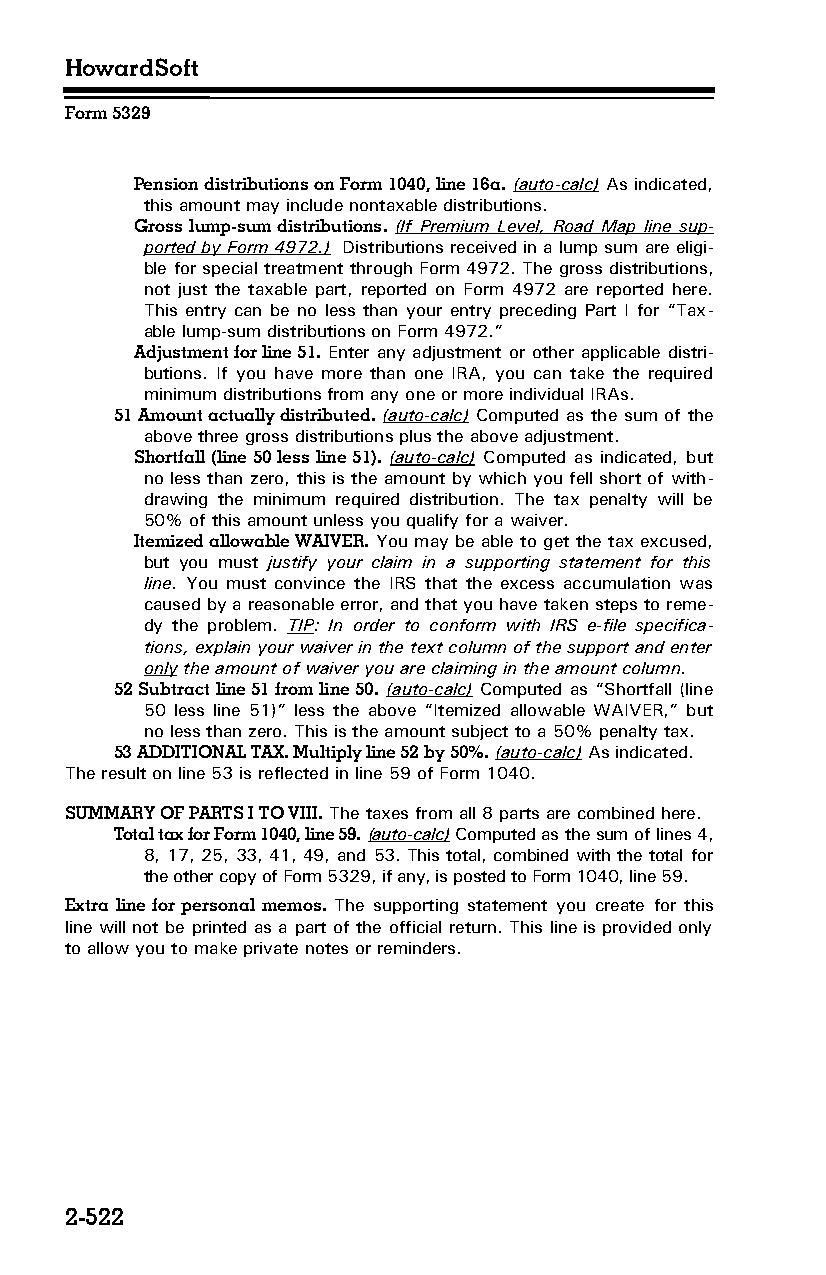
HowardSoft
 Form 5329
 Pension distributions on Form 1040, line 16a. (auto-calc) As indicated,
 this amount may include nontaxable distributions.
 Gross lump-sum distributions. (If Premium Level, Road Map line sup­
 ported by Form 4972.) Distributions received in a lump sum are eligi­
 ble for special treatment through Form 4972. The gross distributions,
 not just the taxable part, reported on Form 4972 are reported here.
 This entry can be no less than your entry preceding Part I for “Tax­
 able lump-sum distributions on Form 4972.”
 Adjustment for line 51. Enter any adjustment or other applicable distri­
 butions. If you have more than one IRA, you can take the required
 minimum distributions from any one or more individual IRAs.
 51 Amount actually distributed. (auto-calc) Computed as the sum of the
 above three gross distributions plus the above adjustment.
 Shortfall (line 50 less line 51). (auto-calc) Computed as indicated, but
 no less than zero, this is the amount by which you fell short of with­
 drawing the minimum required distribution. The tax penalty will be
 50% of this amount unless you qualify for a waiver.
 Itemized allowable WAIVER. You may be able to get the tax excused,
 but you must justify your claim in a supporting statement for this
 line. You must convince the IRS that the excess accumulation was
 caused by a reasonable error, and that you have taken steps to reme­
 dy the problem. TIP: In order to conform with IRS e-file specifica­
 tions, explain your waiver in the text column of the support and enter
 only the amount of waiver you are claiming in the amount column.
 52 Subtract line 51 from line 50. (auto-calc) Computed as “Shortfall (line
 50 less line 51)” less the above “Itemized allowable WAIVER,” but
 no less than zero. This is the amount subject to a 50% penalty tax.
 53 ADDITIONAL TAX. Multiply line 52 by 50%. (auto-calc) As indicated.
 The result on line 53 is reflected in line 59 of Form 1040.
 SUMMARY OF PARTS I TO VIII. The taxes from all 8 parts are combined here.
 Total tax for Form 1040, line 59. (auto-calc) Computed as the sum of lines 4,
 8, 17, 25, 33, 41, 49, and 53. This total, combined with the total for
 the other copy of Form 5329, if any, is posted to Form 1040, line 59.
 Extra line for personal memos. The supporting statement you create for this
 line will not be printed as a part of the official return. This line is provided only
 to allow you to make private notes or reminders.
 2-522